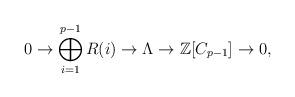
LaTeX: \begin{align*}0\rightarrow \bigoplus_{i=1}^{p-1}R(i)\rightarrow \Lambda \rightarrow \mathbb{Z}[C_{p-1}]\rightarrow 0,\end{align*}